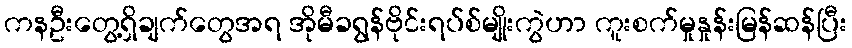
ကနဦးတွေ့ရှိချက်တွေအရ အိုမီခရွန်ဗိုင်းရပ်စ်မျိုးကွဲဟာ ကူးစက်မှုနှုန်းမြန်ဆန်ပြီး